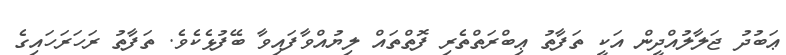
ޢަބުދު ޖަލާލުއްދީން އަކީ ތަފާތު ޢިބްރަތްތެރި ފޮތްތައް ލިޔުއްވާފައިވާ ބޭފުޅެކެވެ. ތަފާތު ރަހަރަހައިގެ